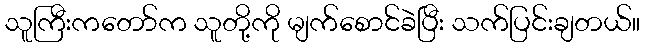
သူကြီးကတော်က သူတို့ကို မျက်စောင်ခဲပြီး သက်ပြင်းချတယ်။